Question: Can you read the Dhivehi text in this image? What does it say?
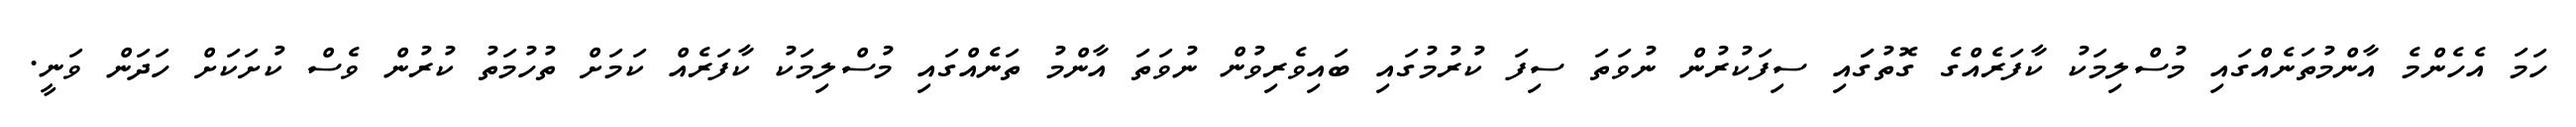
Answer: ހަމަ އެހެންމެ އާންމުތަނެއްގައި މުސްލިމަކު ކާފަރެއްގެ ގޮތުގަައި ސިފަކުރުން ނުވަތަ ސިފަ ކުރުމުގައި ބައިވެރިވުން ނުވަތަ އާންމު ތަނެއްގައި މުސްލިމަކު ކާފަރެއް ކަމަށް ތުހުމަތު ކުރުން ވެސް ކުށަކަށް ހަދަން ވަނީ.